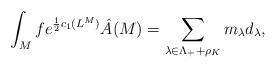
LaTeX: \begin{align*}\int_M f e^{\frac{1}{2}c_1(L^M)} \hat A(M) = \sum_{\lambda \in \Lambda_+ + \rho_K} m_{\lambda} d_{\lambda},\end{align*}